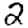
Digit: 2